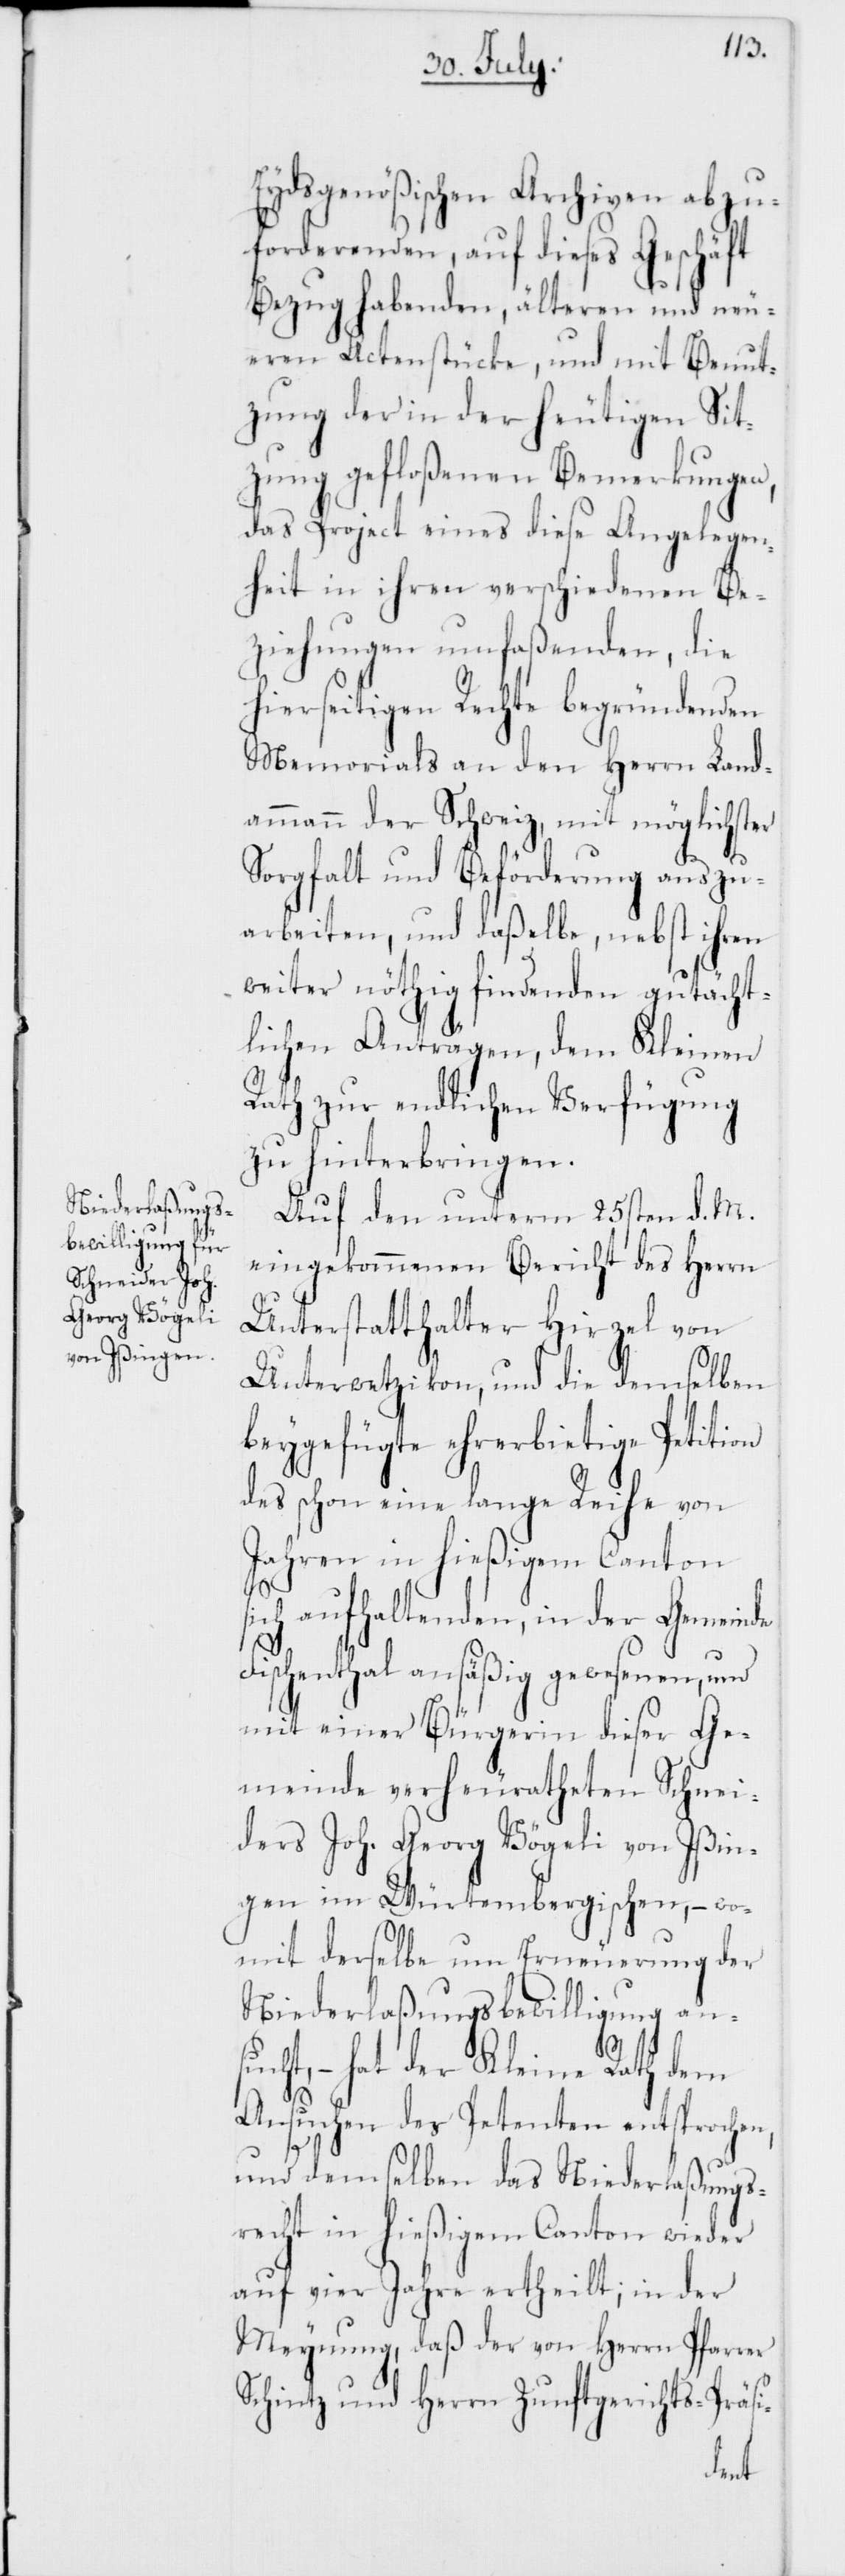
Eydsgenößischen Archiven abzu¬
forderenden, auf dieses Geschäft
Bezug habenden, älteren und neu¬
eren Actenstücke, und mit Benut¬
zung der in der heutigen Sit¬
zung gefloßenen Bemerkungen,
das Project eines diese Angelegen¬
heit in ihren verschiedenen Be¬
ziehungen umfaßenden, die
hierseitigen Rechte begründenden
Memorials an den Herrn Land¬
ammann der Schweiz, mit möglichster
Sorgfalt und Beförderung auszu¬
arbeiten, und daßelbe, nebst ihren
weiter nöthig findenden gutächt¬
lichen Anträgen, dem Kleinen
Rath zur endlichen Verfügung
zu hinterbringen.
Auf den unterm 25sten d. M.
eingekommenen Bericht des Herrn
Unterstatthalter Hirzel von
Unterwetzikon, und die demselben
beygefügte ehrerbietige Petition
des schon eine lange Reihe von
Jahren in hießigem Canton
s¬
ich aufhaltenden, in der Gemeinde
Fischenthal ansäßig gewesenen, und
mit einer Bürgerin dieser Ge¬
meinde verheuratheten Schnei¬
ders Joh. Georg Vögeli von Ißin¬
gen im Würtembergischen, – wo¬
mit derselbe um Erneuerung der
Niederlaßungsbewilligung an¬
sucht, – hat der Kleine Rath dem
Ansuchen des Petenten entsprochen,
und demselben das Niederlaßungs¬
recht in hießigem Canton wieder
auf vier Jahre ertheilt; in der
Meynung, daß der von Herrn Pfarrer
Schintz und Herr Zunftgerichts-Präsi-